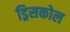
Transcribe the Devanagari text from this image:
ड्रिसकोल